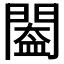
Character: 𨵵